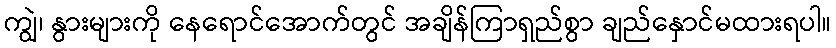
ကျွဲ၊ နွားများကို နေရောင်အောက်တွင် အချိန်ကြာရှည်စွာ ချည်နှောင်မထားရပါ။